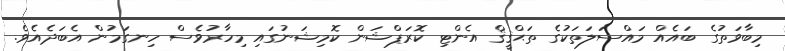
މިބާވަތުގެ ބައެއް މައްސަލަތަކުގެ ތަޙްޤީޤް އެންޓި ކޮރަޕްޝަން ކޮމިޝަނުގައި މިހާރުވެސް ހިނގަމުން އެބަދެއެވެ.